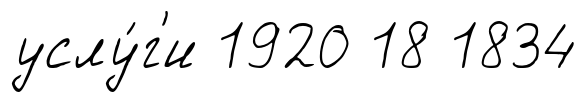
услу́г'и 1920 18 1834